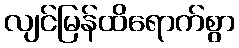
လျင်မြန်ထိရောက်စွာ